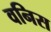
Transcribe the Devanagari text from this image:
वनिस